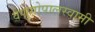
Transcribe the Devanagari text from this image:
वेणुगोपालस्‍वामी